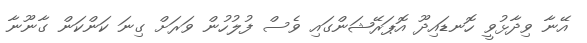
އޭނާ ވިދާޅުވީ ހޮނޑައިދޫ އޮޕަރޭޝަންގައި ވެސް ފުލުހުން ވަރަށް ގިނަ ކަންކަން ގާނޫނާ